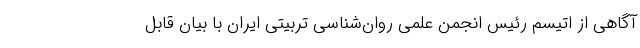
آگاهی از اتیسم رئیس انجمن علمی روان‌شناسی تربیتی ایران با بیان قابل